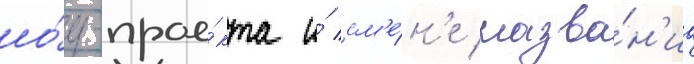
шо́у-прое́кта и́ см'е́н'е назва́н'иа